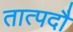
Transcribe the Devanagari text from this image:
तात्पदौ